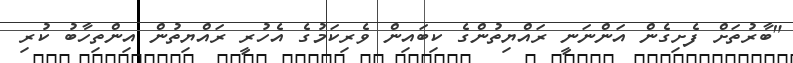
"ބާރުތަށް ފެށިގެން އަންނަނީ ރައްޔިތުންގެ ކިބައިން ވެރިކަމުގެ އެހުރީ ރައްޔިތުން އިންތިހާބު ކުރި